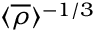
\langle { \overline { { \rho } } } \rangle ^ { - 1 / 3 }